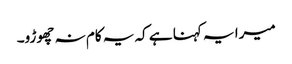
میرا یہ کہنا ہے کہ یہ کام نہ چھوڑو۔